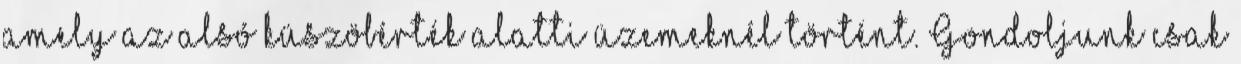
amely az alsó küszöbérték alatti üzemeknél történt. Gondoljunk csak